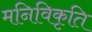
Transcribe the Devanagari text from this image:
मनिविकृति